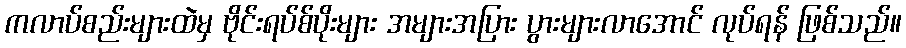
ကလာပ်စည်းများထဲမှ ဗိုင်းရပ်စ်ပိုးများ အများအပြား ပွားများလာအောင် လုပ်ရန် ဖြစ်သည်။